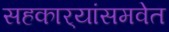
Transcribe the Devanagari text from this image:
सहकार्‍यांसमवेत